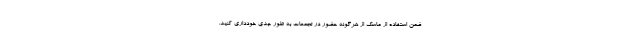
ضمن استفاده از ماسک از هرگونه حضور در تجمعات به طور جدی خودداری کنید.